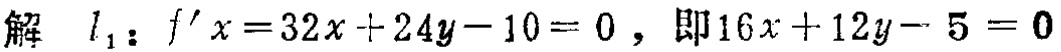
解 \(l_{1}\)：\(f^{\prime}x = 32x + 24y - 10 = 0\)，即\(16x + 12y - 5 = 0\)